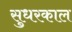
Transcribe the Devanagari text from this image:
सुधरकाल